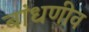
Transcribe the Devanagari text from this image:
बांधणीव